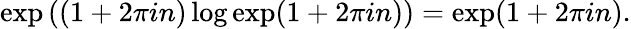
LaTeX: \exp\left((1+2\pi in)\log\exp(1+2\pi in)\right)=\exp(1+2\pi in).